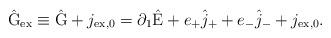
LaTeX: \begin{align*}\hat{\rm G}_{\rm ex} \equiv \hat{\rm G} + j_{\rm ex,0} =\partial_1 \hat{\rm E} + e_{+} \hat{j}_{+} + e_{-} \hat{j}_{-} + j_{\rm ex,0} .\end{align*}